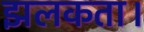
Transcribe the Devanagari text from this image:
झलकता।